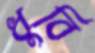
ধুবি